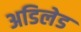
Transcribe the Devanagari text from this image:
अडिलेड